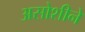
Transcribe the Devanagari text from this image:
असोशीने